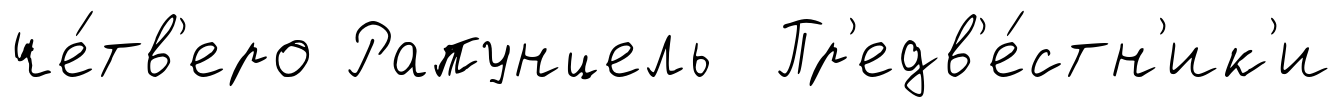
че́тв'еро Рапунцель Пр'едв'е́стн'ик'и